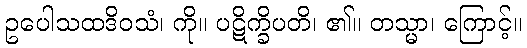
ဥပေါသထဒိဝသံ၊ ကို။ ပဋိက္ခိပတိ၊ ၏။ တသ္မာ၊ ကြောင့်။